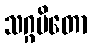
သဂ္ဂမိတော